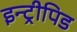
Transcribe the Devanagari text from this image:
इन्ट्रीपिड